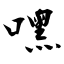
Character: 嘿